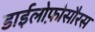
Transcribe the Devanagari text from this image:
डाईलोफ़ोसौरस